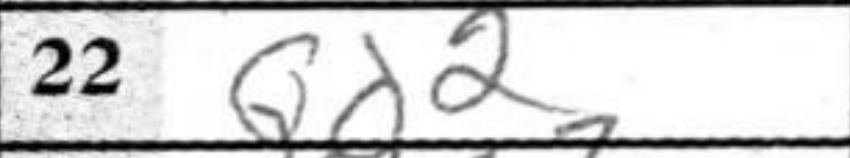
Transcription: Qd2